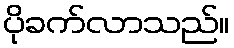
ပိုခက်လာသည်။